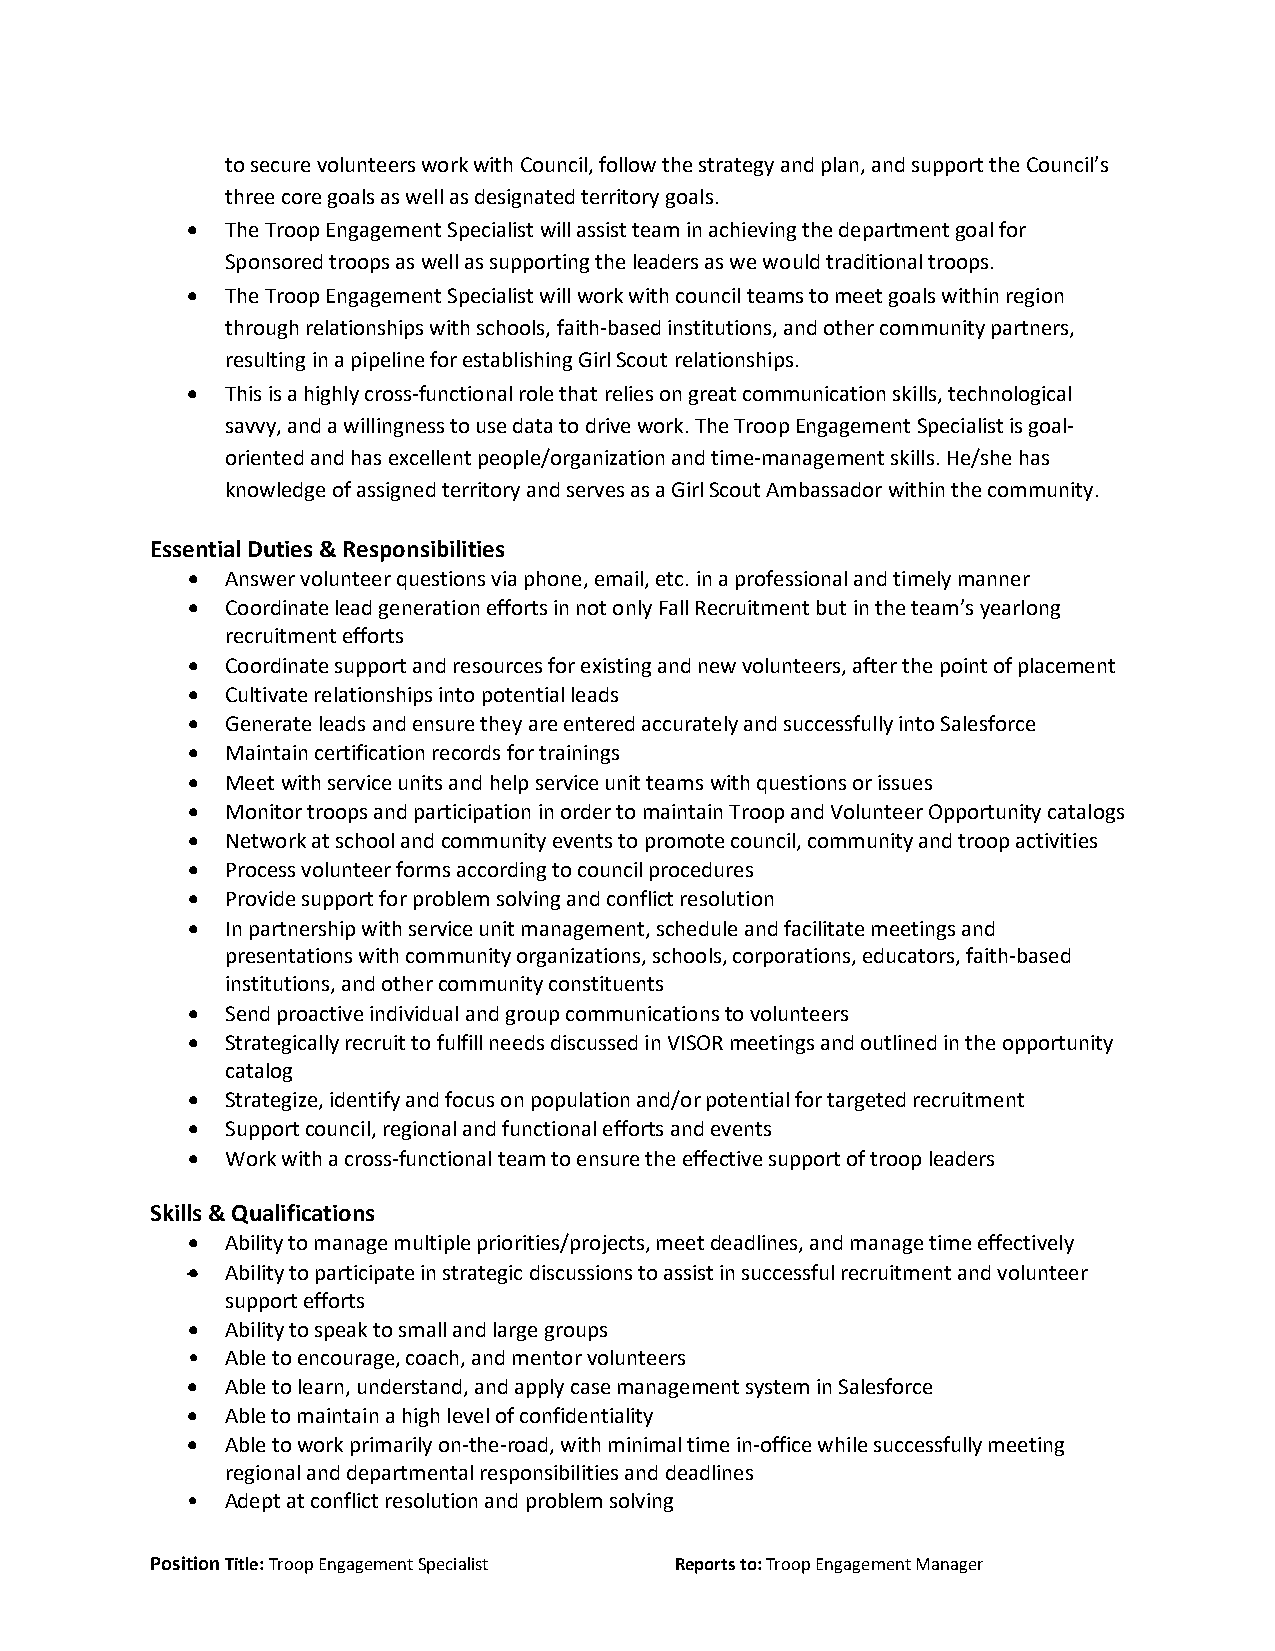
to secure volunteers work with Council, follow the strategy and plan, and support the Council’s
 three core goals as well as designated territory goals.
 •  The Troop Engagement Specialist will assist team in achieving the department goal for
 Sponsored troops as well as supporting the leaders as we would traditional troops.
 •  The Troop Engagement Specialist will work with council teams to meet goals within region
 through relationships with schools, faith-based institutions, and other community partners,
 resulting in a pipeline for establishing Girl Scout relationships.
 •  This is a highly cross-functional role that relies on great communication skills, technological
 savvy, and a willingness to use data to drive work. The Troop Engagement Specialist is goal-
 oriented and has excellent people/organization and time-management skills. He/she has
 knowledge of assigned territory and serves as a Girl Scout Ambassador within the community.
 Essential Duties & Responsibilities
 •  Answer volunteer questions via phone, email, etc. in a professional and timely manner
 •  Coordinate lead generation efforts in not only Fall Recruitment but in the team’s yearlong
 recruitment efforts
 •  Coordinate support and resources for existing and new volunteers, after the point of placement
 •  Cultivate relationships into potential leads
 •  Generate leads and ensure they are entered accurately and successfully into Salesforce
 •  Maintain certification records for trainings
 •  Meet with service units and help service unit teams with questions or issues
 •  Monitor troops and participation in order to maintain Troop and Volunteer Opportunity catalogs
 •  Network at school and community events to promote council, community and troop activities
 •  Process volunteer forms according to council procedures
 •  Provide support for problem solving and conflict resolution
 •  In partnership with service unit management, schedule and facilitate meetings and
 presentations with community organizations, schools, corporations, educators, faith-based
 institutions, and other community constituents
 •  Send proactive individual and group communications to volunteers
 •  Strategically recruit to fulfill needs discussed in VISOR meetings and outlined in the opportunity
 catalog
 •  Strategize, identify and focus on population and/or potential for targeted recruitment
 •  Support council, regional and functional efforts and events
 •  Work with a cross-functional team to ensure the effective support of troop leaders
 Skills & Qualifications
 •  Ability to manage multiple priorities/projects, meet deadlines, and manage time effectively
 •  Ability to participate in strategic discussions to assist in successful recruitment and volunteer
 support efforts
 •  Ability to speak to small and large groups
 •  Able to encourage, coach, and mentor volunteers
 •  Able to learn, understand, and apply case management system in Salesforce
 •  Able to maintain a high level of confidentiality
 •  Able to work primarily on-the-road, with minimal time in-office while successfully meeting
 regional and departmental responsibilities and deadlines
 •  Adept at conflict resolution and problem solving
 Position Title: Troop Engagement Specialist Reports to: Troop Engagement Manager